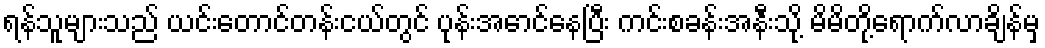
ရန်သူများသည် ယင်းတောင်တန်းငယ်တွင် ပုန်းအောင်နေပြီး ကင်းစခန်းအနီးသို့ မိမိတို့ရောက်လာချိန်မှ